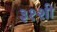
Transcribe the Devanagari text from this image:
३१शी